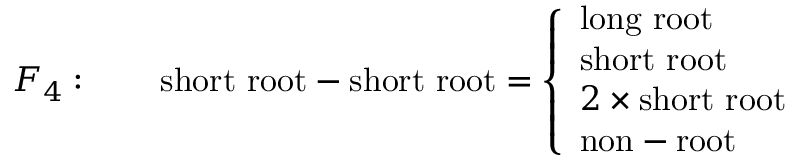
F _ { 4 } : \qquad \mathrm { s h o r t ~ r o o t } - \mathrm { s h o r t ~ r o o t } = \left\{ \begin{array} { l } { { \mathrm { l o n g ~ r o o t } } } \\ { { \mathrm { s h o r t ~ r o o t } } } \\ { { 2 \times \mathrm { s h o r t ~ r o o t } } } \\ { { \mathrm { n o n - r o o t } } } \end{array} \right.